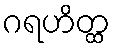
ဂရဟိတ္ထ